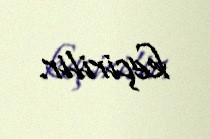
keçirilir.